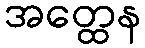
အတ္ထေန